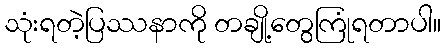
သုံးရတဲ့ပြဿနာကို တချို့တွေကြုံရတာပါ။